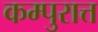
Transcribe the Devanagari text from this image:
कम्पुरात्त